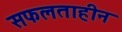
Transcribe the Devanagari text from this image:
सफलताहीन